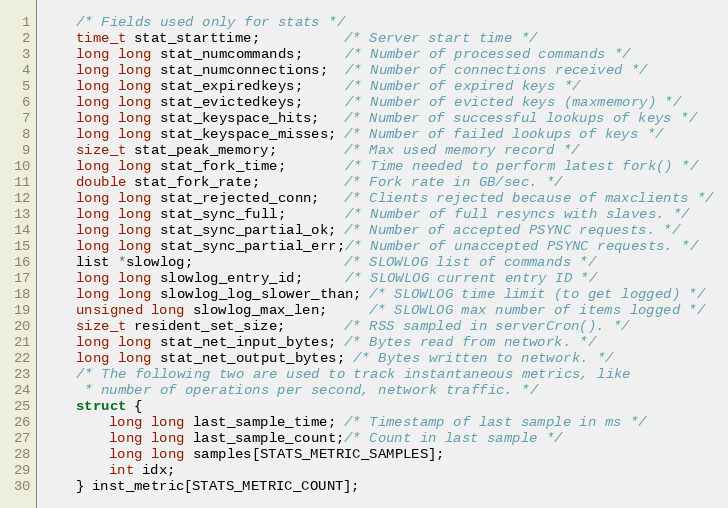
Language: C
    /* Fields used only for stats */
    time_t stat_starttime;          /* Server start time */
    long long stat_numcommands;     /* Number of processed commands */
    long long stat_numconnections;  /* Number of connections received */
    long long stat_expiredkeys;     /* Number of expired keys */
    long long stat_evictedkeys;     /* Number of evicted keys (maxmemory) */
    long long stat_keyspace_hits;   /* Number of successful lookups of keys */
    long long stat_keyspace_misses; /* Number of failed lookups of keys */
    size_t stat_peak_memory;        /* Max used memory record */
    long long stat_fork_time;       /* Time needed to perform latest fork() */
    double stat_fork_rate;          /* Fork rate in GB/sec. */
    long long stat_rejected_conn;   /* Clients rejected because of maxclients */
    long long stat_sync_full;       /* Number of full resyncs with slaves. */
    long long stat_sync_partial_ok; /* Number of accepted PSYNC requests. */
    long long stat_sync_partial_err;/* Number of unaccepted PSYNC requests. */
    list *slowlog;                  /* SLOWLOG list of commands */
    long long slowlog_entry_id;     /* SLOWLOG current entry ID */
    long long slowlog_log_slower_than; /* SLOWLOG time limit (to get logged) */
    unsigned long slowlog_max_len;     /* SLOWLOG max number of items logged */
    size_t resident_set_size;       /* RSS sampled in serverCron(). */
    long long stat_net_input_bytes; /* Bytes read from network. */
    long long stat_net_output_bytes; /* Bytes written to network. */
    /* The following two are used to track instantaneous metrics, like
     * number of operations per second, network traffic. */
    struct {
        long long last_sample_time; /* Timestamp of last sample in ms */
        long long last_sample_count;/* Count in last sample */
        long long samples[STATS_METRIC_SAMPLES];
        int idx;
    } inst_metric[STATS_METRIC_COUNT];